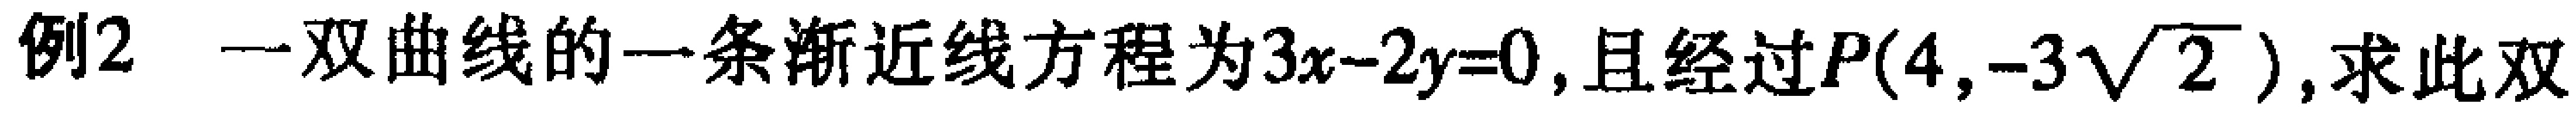
例2 一双曲线的一条渐近线方程为\(3x - 2y = 0\)，且经过\(P(4,-3\sqrt{2})\)，求此双